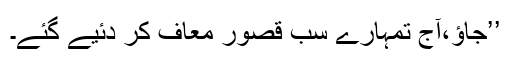
’’جاؤ،آج تمہارے سب قصور معاف کر دئیے گئے۔